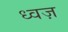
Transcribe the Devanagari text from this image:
ध्वज़